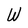
Character: W